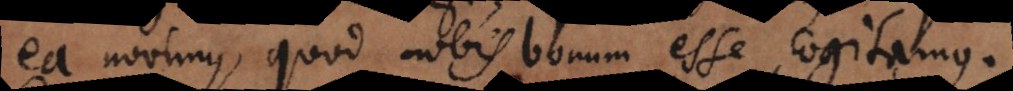
ea novimus, quod nobis bonum esse cogitamus.